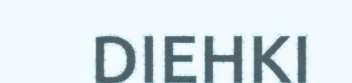
DIEHKI